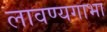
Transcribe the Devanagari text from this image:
लावण्यगाभा